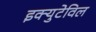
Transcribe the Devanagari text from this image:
इक्युटेविल